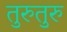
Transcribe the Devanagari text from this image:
तुरुतुरु